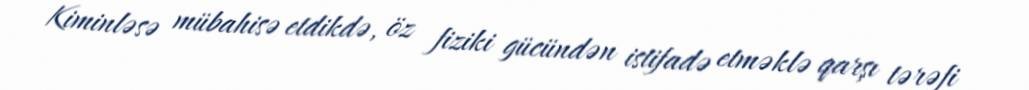
Kiminləsə mübahisə etdikdə, öz fiziki gücündən istifadə etməklə qarşı tərəfi